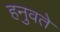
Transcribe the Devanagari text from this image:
हनुवते